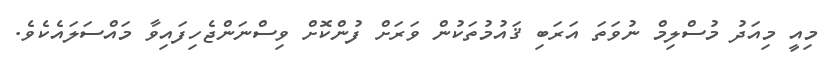
މިއީ މިއަދު މުސްލިމް ނުވަތަ އަރަބި ޤައުމުތަކުން ވަރަށް ފުންކޮށް ވިސްނަންޖެހިފައިވާ މައްސަލައެކެވެ.